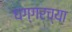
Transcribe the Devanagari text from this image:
घग्गरच्या